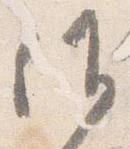
候